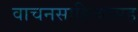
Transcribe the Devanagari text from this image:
वाचनसाहित्यासह